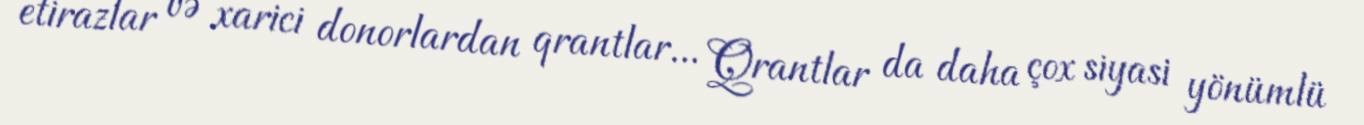
etirazlar və xarici donorlardan qrantlar... Qrantlar da daha çox siyasi yönümlü